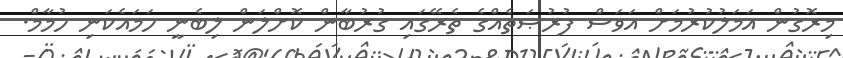
މިރޮގުން އަމަލުކުރުމަށް އަވަސް ފުރުޞަތެއްގެ ތެރޭގައި ގުރުބާން ކޮށްލަން ލިބެނީ ހަމައެކަނި ހުމާމް.